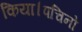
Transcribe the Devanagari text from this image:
किया।पचिनो